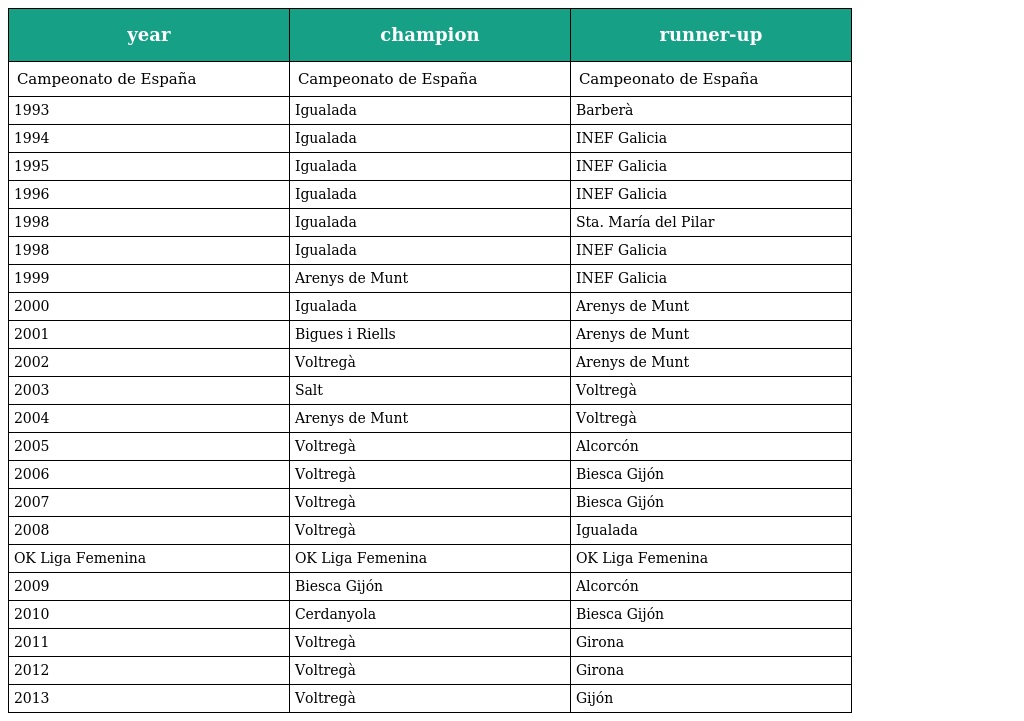
| year | champion | runner-up |
 | --- | --- | --- |
 | Campeonato de España | Campeonato de España | Campeonato de España |
 | 1993 | Igualada | Barberà |
 | 1994 | Igualada | INEF Galicia |
 | 1995 | Igualada | INEF Galicia |
 | 1996 | Igualada | INEF Galicia |
 | 1998 | Igualada | Sta. María del Pilar |
 | 1998 | Igualada | INEF Galicia |
 | 1999 | Arenys de Munt | INEF Galicia |
 | 2000 | Igualada | Arenys de Munt |
 | 2001 | Bigues i Riells | Arenys de Munt |
 | 2002 | Voltregà | Arenys de Munt |
 | 2003 | Salt | Voltregà |
 | 2004 | Arenys de Munt | Voltregà |
 | 2005 | Voltregà | Alcorcón |
 | 2006 | Voltregà | Biesca Gijón |
 | 2007 | Voltregà | Biesca Gijón |
 | 2008 | Voltregà | Igualada |
 | OK Liga Femenina | OK Liga Femenina | OK Liga Femenina |
 | 2009 | Biesca Gijón | Alcorcón |
 | 2010 | Cerdanyola | Biesca Gijón |
 | 2011 | Voltregà | Girona |
 | 2012 | Voltregà | Girona |
 | 2013 | Voltregà | Gijón |